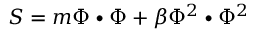
S = m \Phi \bullet \Phi + \beta \Phi ^ { 2 } \bullet \Phi ^ { 2 }